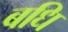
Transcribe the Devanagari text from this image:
बधि